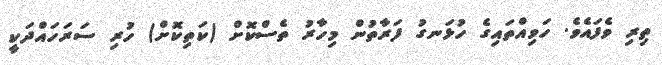
ތިރި ވެފައެވެ. ހަވިއްތައިގެ ހުޅަނގު ފަރާތުން މިހާރު ތެސްކޮށް (ކަތިކޮށް) ހުރި ސަރަހައްދަކީ